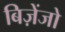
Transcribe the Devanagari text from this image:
बिज़ेंजो